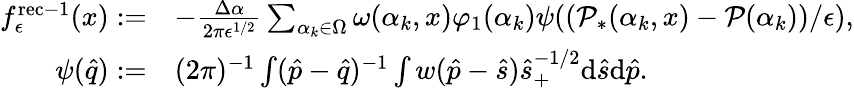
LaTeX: \begin{array}{rl}{f_{\epsilon}^{\mathrm{rec-1}}(x):=}&{-\frac{\Delta\alpha}{2\pi\epsilon^{1/2}}\sum_{\alpha_{k}\in\Omega}\omega(\alpha_{k},x)\varphi_{1}(\alpha_{k})\psi((\mathcal P_{*}(\alpha_{k},x)-\mathcal P(\alpha_{k}))/\epsilon),}\\ {\psi(\hat{q}):=}&{(2\pi)^{-1}\int(\hat{p}-\hat{q})^{-1}\int w(\hat{p}-\hat{s})\hat{s}_{+}^{-1/2}\mathrm{d}\hat{s}\mathrm{d}\hat{p}.}\end{array}